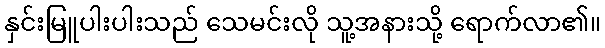
နှင်းမြူပါးပါးသည် သေမင်းလို သူ့အနားသို့ ရောက်လာ၏။